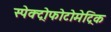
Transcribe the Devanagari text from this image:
स्पेक्ट्रोफोटोमेट्रिक